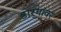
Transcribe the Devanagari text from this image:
डोर्‍यांवर